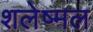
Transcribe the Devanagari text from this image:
शलेष्मल